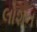
લોશન